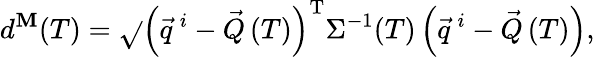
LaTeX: d^{\mathbf{M}}(T)=\sqrt{}{{\left(\vec{{q}}^{\ i}-\vec{{Q}}\left(T\right)\right)^{\textrm{{T}}}\Sigma^{-1}(T)\left(\vec{{q}}^{\ i}-\vec{{Q}}\left(T\right)\right)}},